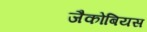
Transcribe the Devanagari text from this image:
जैकोबियस